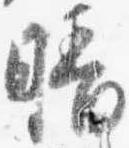
晴